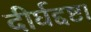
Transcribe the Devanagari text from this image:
दीर्घद्दष्टा